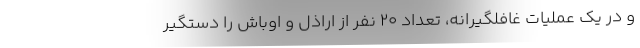
و در یک عملیات غافلگیرانه، تعداد ۲۰ نفر از اراذل و اوباش را دستگیر